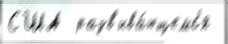
США  разв'ива́ющемс'я